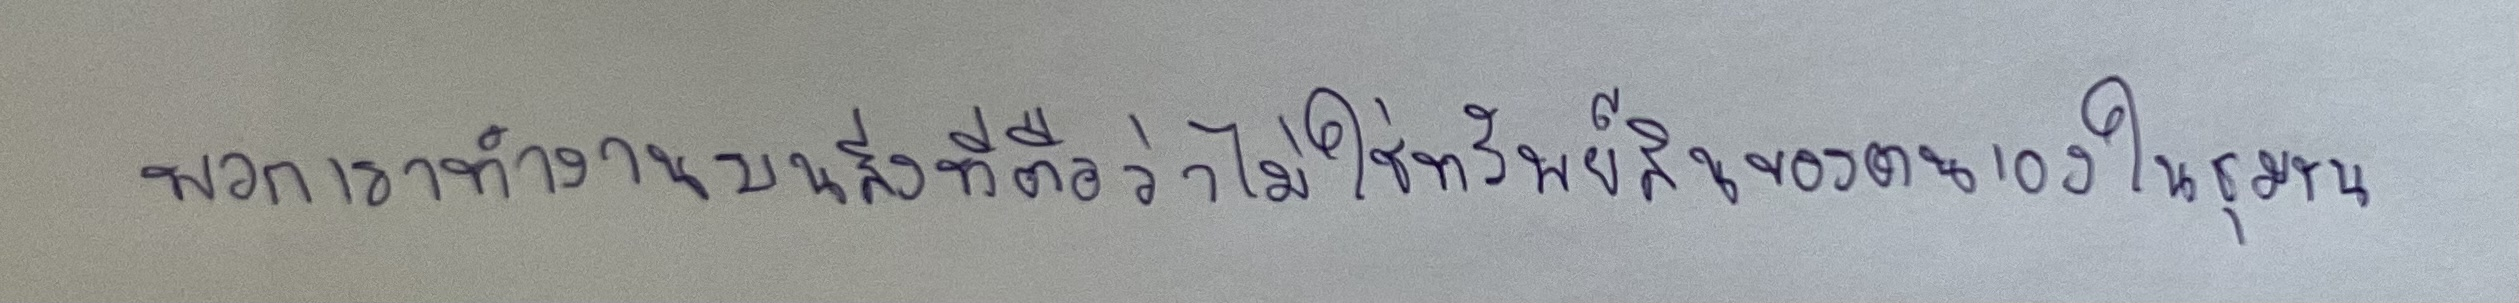
พวกเราทำงานบนสิ่งที่ถือว่าไม่ใช่ทรัพย์สินของตัวเองในชุมชน